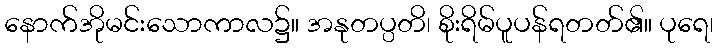
နောက်အိုမင်းသောကာလ၌။ အနုတပ္ပတိ၊ စိုးရိမ်ပူပန်ရတတ်၏။ ပုရေ၊